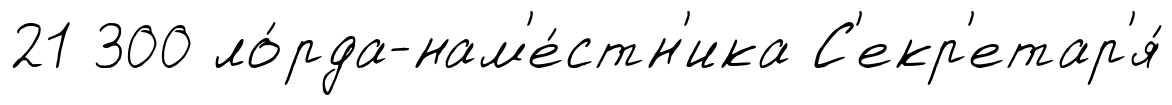
21 300 ло́рда-нам'е́стн'ика С'екр'етар'я́